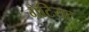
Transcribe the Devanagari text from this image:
ग्रेटियट